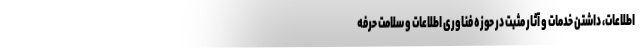
اطلاعات، داشتن خدمات و آثار مثبت در حوزه فناوری اطلاعات و سلامت حرفه